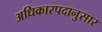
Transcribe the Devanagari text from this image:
अधिकारपदानुसार